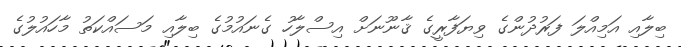
ބިލާއި އަމިއްލަ ފަރުދުންގެ ވިޔަފާރީގެ ޤާނޫނަށް އިސްލާހު ގެނައުމުގެ ބިލާއި މަސައްކަތު މާހައުލުގެ